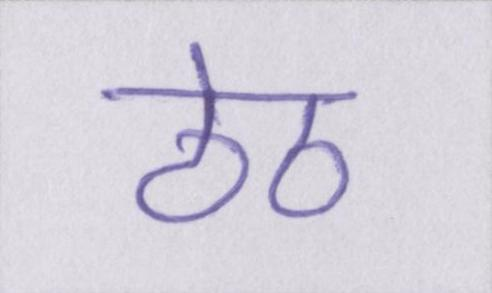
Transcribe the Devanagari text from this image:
ठेठ